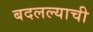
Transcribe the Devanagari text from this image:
बदलल्याची